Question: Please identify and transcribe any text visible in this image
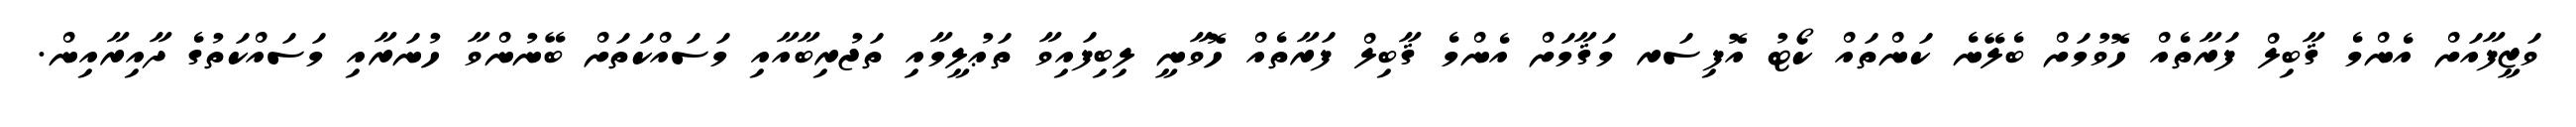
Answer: ވަޒީފާއަށް އެންމެ ޤާބިލް ފަރާތެއް ހޮވުމަށް ބެލޭނެ ކަންތައް ކޯޓު އޮފިސަރ މަޤާމަށް އެންމެ ޤާބިލް ފަރާތެއް ހޮވާނީ ލިބިފައިވާ ތަޢުލީމާއި ތަޖުރިބާއާއި މަސައްކަތަށް ބޭނުންވާ ހުނަރާއި މަސައްކަތުގެ ދާއިރާއިން.